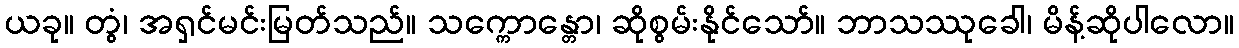
ယခု။ တွံ၊ အရှင်မင်းမြတ်သည်။ သက္ကောန္တော၊ ဆိုစွမ်းနိုင်သော်။ ဘာသဿုခေါ၊ မိန့်ဆိုပါလော။